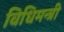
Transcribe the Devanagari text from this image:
विधिमन्त्री